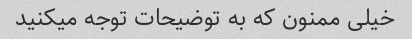
خیلی ممنون که به توضیحات توجه میکنید